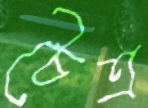
চৈত্র